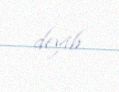
deyib.